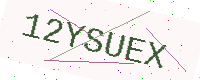
Text: 12YSUEX